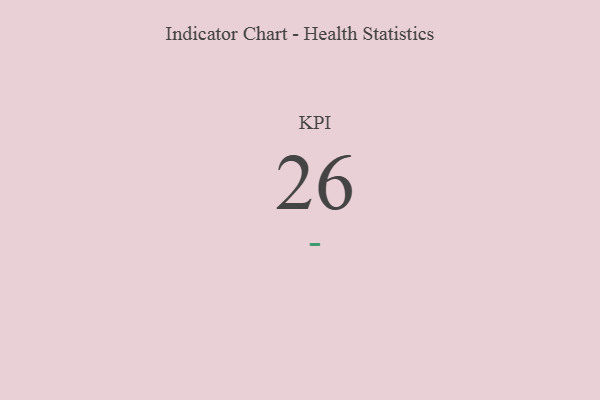
{"axis": {"x": "KPI", "y": "Value"}, "legend": [""], "data": [{"x": "KPI", "y": 26, "type": ""}]}